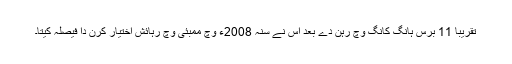
تقریبا 11 برس ہانگ کانگ وچ رہن دے بعد اس نے سنہ 2008ء وچ ممبئی وچ رہائش اختیار کرن دا فیصلہ کیتا۔